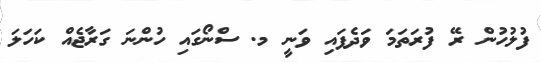
ފުލުހުން ރޭ ފުރަތަމަ ވަދެފައި ވަނީ މ. ސްނޯގައި ހުންނަ ގަރާޖެއް ކަހަލަ